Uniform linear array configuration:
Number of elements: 32
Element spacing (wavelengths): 0.75
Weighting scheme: cosine
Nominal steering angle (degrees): -60
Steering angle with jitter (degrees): -60.657
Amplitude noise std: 0.05
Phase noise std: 0.05

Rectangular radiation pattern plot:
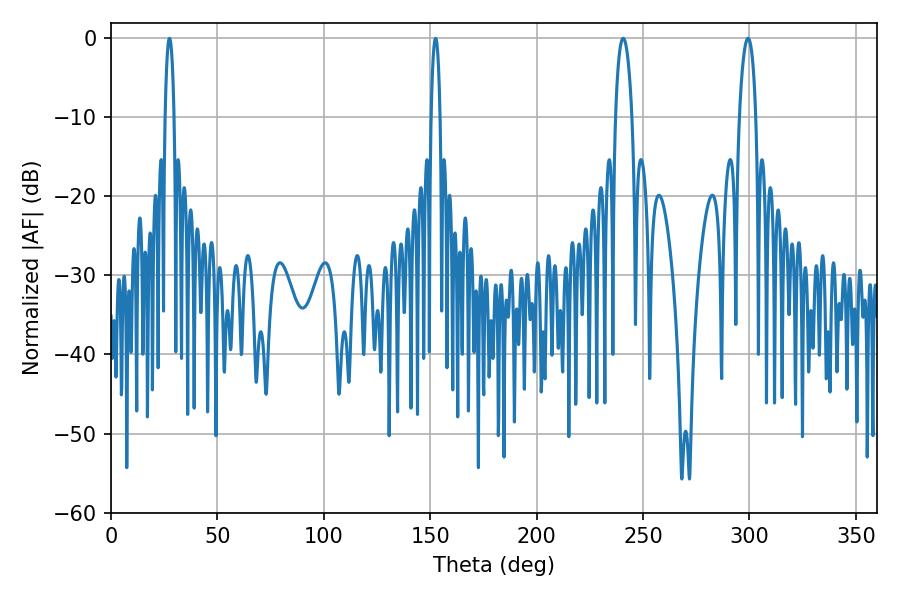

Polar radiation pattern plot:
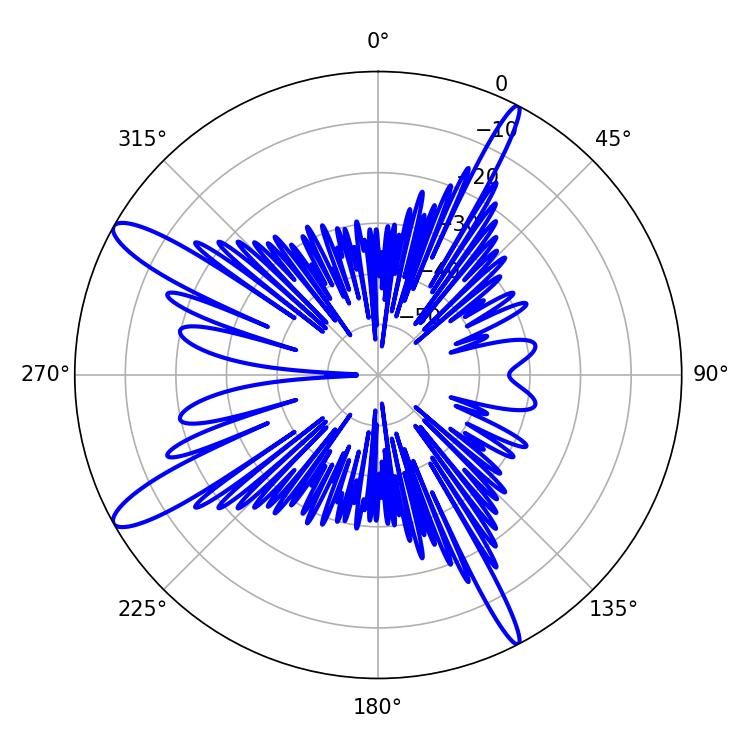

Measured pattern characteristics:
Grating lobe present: TRUE
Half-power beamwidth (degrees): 4.5
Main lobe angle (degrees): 240.66